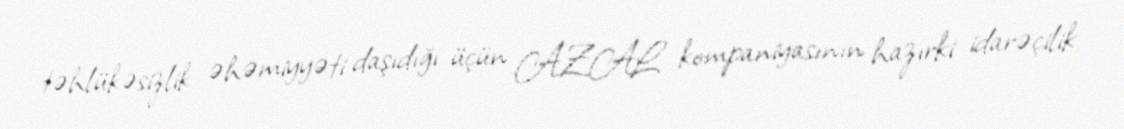
təhlükəsizlik əhəmiyyəti daşıdığı üçün AZAL kompaniyasının hazırki idarəçilik